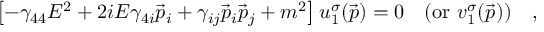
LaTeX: \left[ - \gamma _ { 4 4 } E ^ { 2 } + 2 i E \gamma _ { 4 i } \vec { p } _ { i } + \gamma _ { i j } \vec { p } _ { i } \vec { p } _ { j } + m ^ { 2 } \right] u _ { 1 } ^ { \sigma } ( \vec { p } ) = 0 \quad ( \mathrm { o r } \, \, v _ { 1 } ^ { \sigma } ( \vec { p } ) ) \quad ,